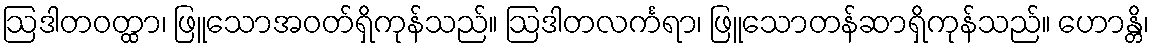
ဩဒါတဝတ္ထာ၊ ဖြူသောအဝတ်ရှိကုန်သည်။ ဩဒါတလင်္ကရာ၊ ဖြူသောတန်ဆာရှိကုန်သည်။ ဟောန္တိ၊